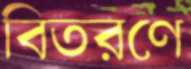
বিতরণে